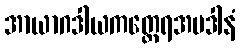
အာယာဂဒါယကတ္ထေရအပဒါနံ